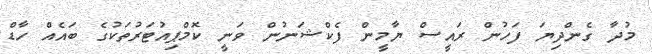
މުދާ ގެންދިޔަ ފަހުން ރައީސް ޔާމީން ފެކްޝަނުން ވަނީ ކޮމްޕިއުޓަރުތަކުގެ ބައެއް ހާޑް